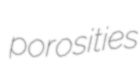
porosities